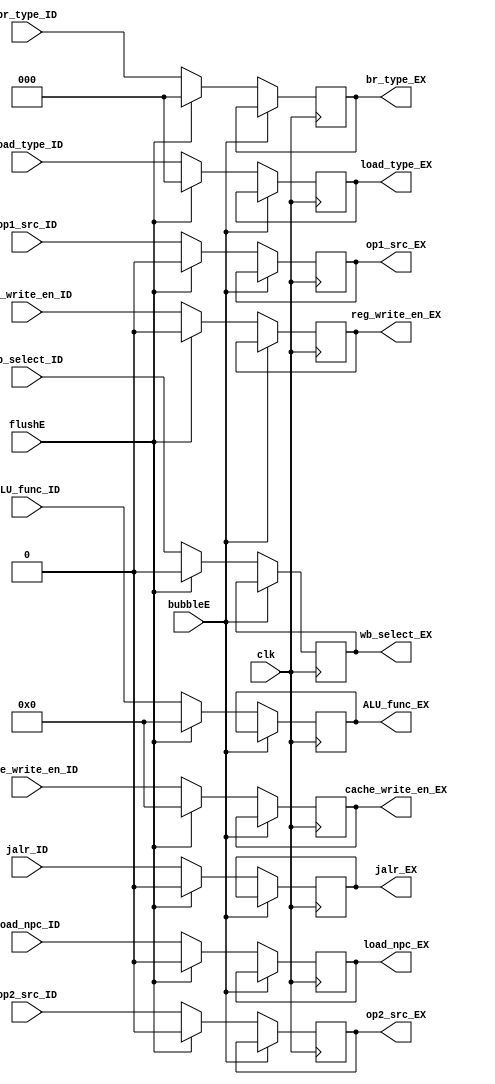
`timescale 1ns / 1ps
//  
    // ID\EX
// 
    // clk                  
    // jalr_ID              jalr
    // ALU_func_ID          ALU
    // br_type_ID           branchbranch
    // load_npc_ID          PCALU
    // wb_select_ID         CacheALU
    // load_type_ID         load
    // reg_write_en_ID      
    // cache_write_en_ID    data cache
    // bubbleE              EXbubble
    // flushE               EXflush
// 
    // jalr_EX              jalr
    // ALU_func_EX          ALU
    // br_type_EX           branchbranch
    // load_npc_EX          PCALU
    // wb_select_EX         CacheALU
    // load_type_EX         load
    // reg_write_en_EX      
    // cache_write_en_EX    data cache

//   
    // 


module Ctrl_EX(
    input wire clk, bubbleE, flushE,
    input wire jalr_ID,
    input wire [3:0] ALU_func_ID,
    input wire [2:0] br_type_ID,
    input wire load_npc_ID,
    input wire wb_select_ID,
    input wire [2:0] load_type_ID,
    input wire reg_write_en_ID,
    input wire [3:0] cache_write_en_ID,
    input wire op1_src_ID, op2_src_ID, 
    output reg jalr_EX,
    output reg [3:0] ALU_func_EX,
    output reg [2:0] br_type_EX,
    output reg load_npc_EX,
    output reg wb_select_EX,
    output reg [2:0] load_type_EX,
    output reg reg_write_en_EX,
    output reg [3:0] cache_write_en_EX,
    output reg op1_src_EX, op2_src_EX
    );

    initial 
    begin
        jalr_EX = 0;
        ALU_func_EX = 4'h0;
        br_type_EX = 3'h0;
        load_npc_EX = 0;
        wb_select_EX = 0;
        load_type_EX = 2'h0;
        reg_write_en_EX = 0;
        cache_write_en_EX = 3'h0;
        op1_src_EX = 0;
        op2_src_EX = 0;
        
    end
    
    always@(posedge clk)
        if (!bubbleE) 
        begin
            if (flushE)
            begin
                jalr_EX <= 0;
                ALU_func_EX <= 4'h0;
                br_type_EX <= 3'h0;
                load_npc_EX <= 0;
                wb_select_EX <= 0;
                load_type_EX <= 2'h0;
                reg_write_en_EX <= 0;
                cache_write_en_EX <= 3'h0;
                op1_src_EX <= 0;
                op2_src_EX <= 0;
            end
            else
            begin
                jalr_EX <= jalr_ID;
                ALU_func_EX <= ALU_func_ID;
                br_type_EX <= br_type_ID;
                load_npc_EX <= load_npc_ID;
                wb_select_EX <= wb_select_ID;
                load_type_EX <= load_type_ID;
                reg_write_en_EX <= reg_write_en_ID;
                cache_write_en_EX <= cache_write_en_ID;
                op1_src_EX <= op1_src_ID;
                op2_src_EX <= op2_src_ID;
            end
        end
    
endmodule